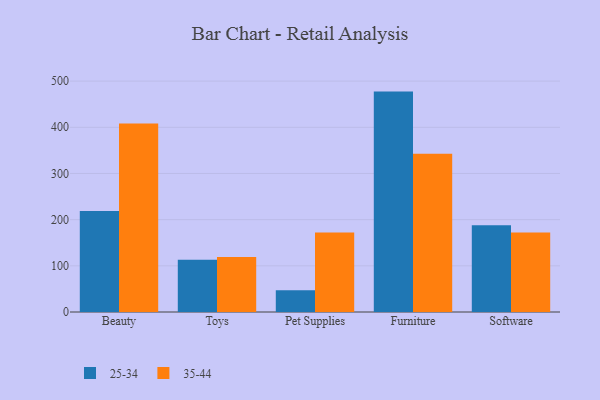
{"axis": {"x": "Category", "y": "Gross Profit (USD K)"}, "legend": ["25-34", "35-44"], "data": [{"x": "Beauty", "y": 218.5, "type": "25-34"}, {"x": "Beauty", "y": 408.4, "type": "35-44"}, {"x": "Toys", "y": 112.9, "type": "25-34"}, {"x": "Toys", "y": 119.0, "type": "35-44"}, {"x": "Pet Supplies", "y": 47.2, "type": "25-34"}, {"x": "Pet Supplies", "y": 171.9, "type": "35-44"}, {"x": "Furniture", "y": 477.3, "type": "25-34"}, {"x": "Furniture", "y": 342.5, "type": "35-44"}, {"x": "Software", "y": 187.9, "type": "25-34"}, {"x": "Software", "y": 171.9, "type": "35-44"}]}